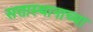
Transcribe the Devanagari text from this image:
सत्तास्थानाच्या